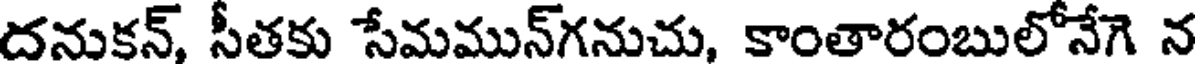
దనుకన్, సీతకు సేమమున్గనుచు, కాంతారంబులోనేగె న